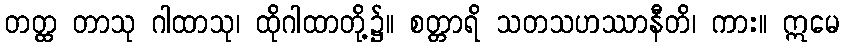
တတ္ထ တာသု ဂါထာသု၊ ထိုဂါထာတို့၌။ စတ္တာရိ သတသဟဿာနီတိ၊ ကား။ ဣမေ